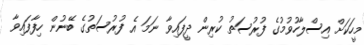
މީހަކަށް އިސްލާހުވުމުގެ ފުރުސަތު ކުރިން ދީފައިވާ ނަމަ އެ ފުރުސަތުގެ ބޭނުން ހިފާފައިވާ